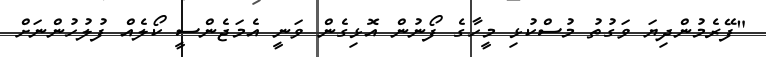
"ފޭރެމުންދިޔަ ވަގުތު މުސްކުޅި މީހާގެ ފޯނުން އޮޅިގެން ވަނީ އެމަޖެންސީ ކޯލެއް ފުލުހުންނަށް